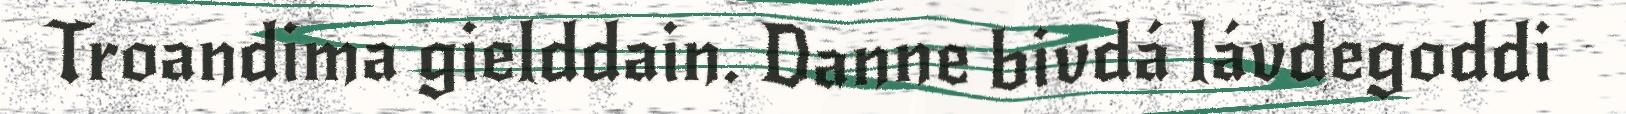
Troandima gielddain. Danne bivdá lávdegoddi